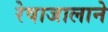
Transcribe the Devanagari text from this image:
रेषाजालाने